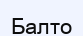
Балто